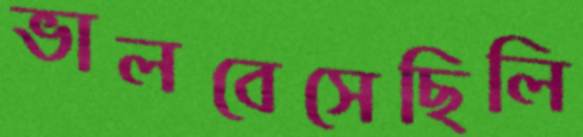
ভালবেসেছিলি